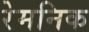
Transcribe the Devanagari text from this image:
रेमनिक